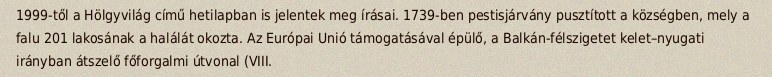
1999-től a Hölgyvilág című hetilapban is jelentek meg írásai. 1739-ben pestisjárvány pusztított a községben, mely a falu 201 lakosának a halálát okozta. Az Európai Unió támogatásával épülő, a Balkán-félszigetet kelet–nyugati irányban átszelő főforgalmi útvonal (VIII.